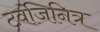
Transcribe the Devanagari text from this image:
टर्वोजनित्र